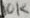
Text: 10K